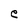
Character: e